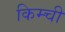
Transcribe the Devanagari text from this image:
किम्ची